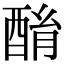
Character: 酳